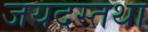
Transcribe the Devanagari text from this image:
जयदस्तथा